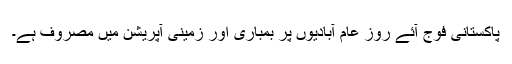
پاکستانی فوج آئے روز عام آبادیوں پر بمباری اور زمینی آپریشن میں مصروف ہے۔